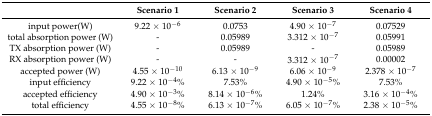
|  | Scenario 1 | Scenario 2 | Scenario 3 | Scenario 4 |
 | --- | --- | --- | --- | --- |
 | input power(W) | 9.22 × 10−6 | 0.0753 | 4.90 × 10−7 | 0.07529 |
 | total absorption power (W) | - | 0.05989 | 3.312 × 10−7 | 0.05991 |
 | TX absorption power (W) | - | 0.05989 | - | 0.05989 |
 | RX absorption power (W) | - | - | 3.312 × 10−7 | 0.00002 |
 | accepted power (W) | 4.55 × 10−10 | 6.13 × 10−9 | 6.06 × 10−9 | 2.378 × 10−7 |
 | input efficiency | 9.22 × 10−4% | 7.53% | 4.90 × 10−5% | 7.53% |
 | accepted efficiency | 4.90 × 10−3% | 8.14 × 10−6% | 1.24% | 3.16 × 10−4% |
 | total efficiency | 4.55 × 10−8% | 6.13 × 10−7% | 6.05 × 10−7% | 2.38 × 10−5% |